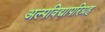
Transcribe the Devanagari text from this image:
अल्पविद्यापरिग्रह